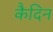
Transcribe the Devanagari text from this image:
कैदिन